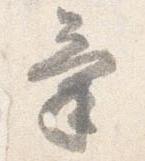
気